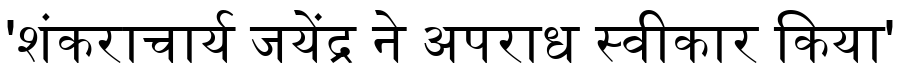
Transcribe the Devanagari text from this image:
'शंकराचार्य जयेंद्र ने अपराध स्वीकार किया'